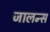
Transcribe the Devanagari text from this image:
जालन्स